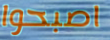
اصبحوا